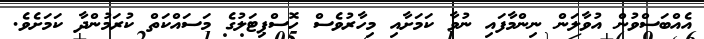
އެއްބަސްވުން އުވާލަން ނިންމާފައި ނުވާ ކަމަށާއި މިހާރުވެސް ހޮސްޕިޓަލުގެ މަސައްކަތް ކުރަމުންދާ ކަމަށެވެ.